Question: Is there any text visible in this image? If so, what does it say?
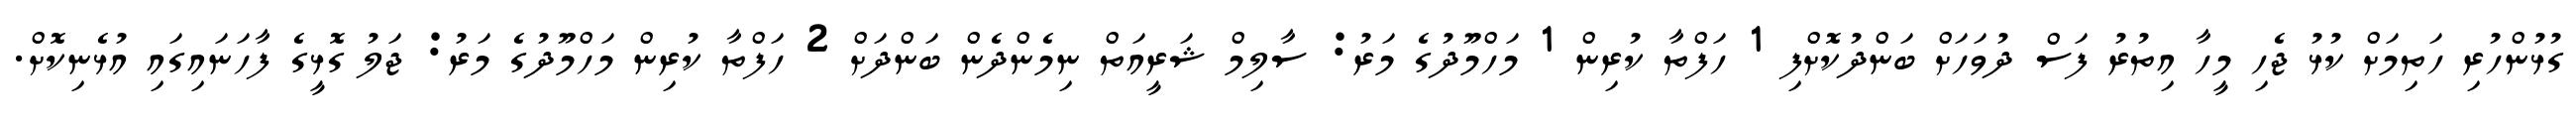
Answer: ގުޅުންހުރި ހަތިމަށް ކުޅު ޖެހި މީހާ އިތުރު ފަސް ދުވަހަށް ބަންދުކޮށްފި 1 ހަފްތާ ކުރިން 1 މަހްމޫދުގެ މަރު: ސާލިމް ޝަރީއަތް ނިމެންދެން ބަންދަށް 2 ހަފްތާ ކުރިން މަހްމޫދުގެ މަރު: ޖަލު ގޮޅީގެ ފާހަނައިގައި އުޅެނިކޮށް.